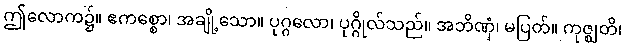
ဤလောက၌။ ဧကစ္စော၊ အချို့သော။ ပုဂ္ဂလော၊ ပုဂ္ဂိုလ်သည်။ အဘိဏှံ၊ မပြတ်။ ကုဇ္ဈတိ၊